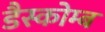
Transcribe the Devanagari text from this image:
डैस्कोम्ब